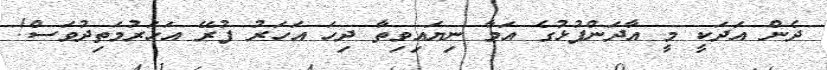
ދެން އަދަކީ މީ އާދަންފުޅުގެ އަމާ ނިޔައިވިތާ ދިހަ އަހަރު ފުރޭ އަހަރުމަތިދުވަސް!